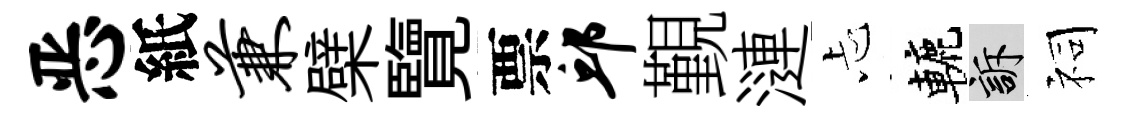
恶紙兼檗覽票邱覲漣忐轆訴祠